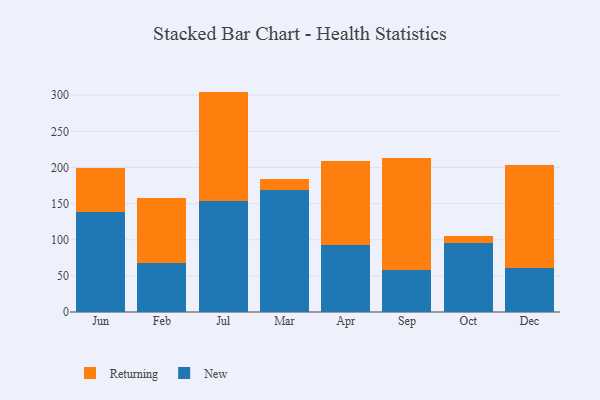
{"axis": {"x": "Month", "y": "Demand Index"}, "legend": ["New", "Returning"], "data": [{"x": "Jun", "y": 137.9, "type": "New"}, {"x": "Jun", "y": 61.1, "type": "Returning"}, {"x": "Feb", "y": 67.2, "type": "New"}, {"x": "Feb", "y": 90.2, "type": "Returning"}, {"x": "Jul", "y": 153.1, "type": "New"}, {"x": "Jul", "y": 151.9, "type": "Returning"}, {"x": "Mar", "y": 169.4, "type": "New"}, {"x": "Mar", "y": 14.8, "type": "Returning"}, {"x": "Apr", "y": 93.3, "type": "New"}, {"x": "Apr", "y": 116.1, "type": "Returning"}, {"x": "Sep", "y": 58.5, "type": "New"}, {"x": "Sep", "y": 155.3, "type": "Returning"}, {"x": "Oct", "y": 96.0, "type": "New"}, {"x": "Oct", "y": 9.7, "type": "Returning"}, {"x": "Dec", "y": 60.5, "type": "New"}, {"x": "Dec", "y": 142.6, "type": "Returning"}]}